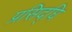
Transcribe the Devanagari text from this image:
प्रसिद्घि